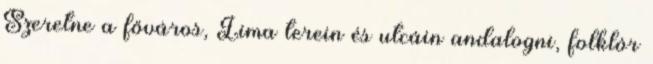
Szeretne a főváros, Lima terein és utcáin andalogni, folklór